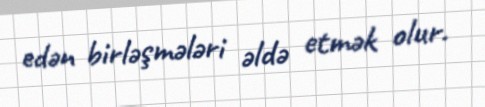
edən birləşmələri əldə etmək olur.